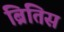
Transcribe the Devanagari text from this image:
ब्रितिस